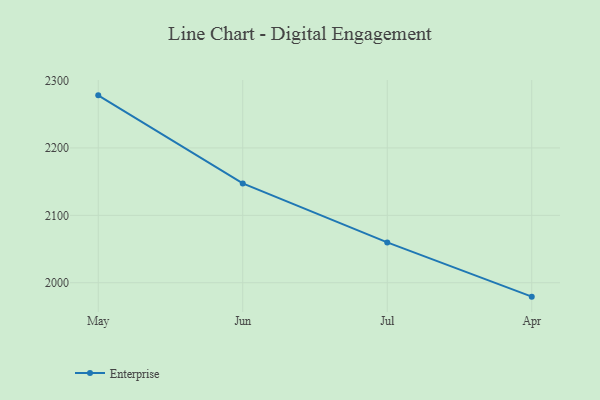
{"axis": {"x": "Month", "y": "Temperature (°C)"}, "legend": ["Enterprise"], "data": [{"x": "May", "y": 2278.0, "type": "Enterprise"}, {"x": "Jun", "y": 2147.3, "type": "Enterprise"}, {"x": "Jul", "y": 2059.9, "type": "Enterprise"}, {"x": "Apr", "y": 1979.4, "type": "Enterprise"}]}